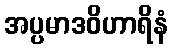
အပ္ပမာဒဝိဟာရိနံ